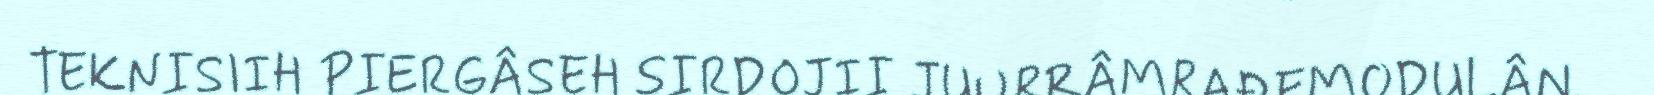
TEKNISIIH PIERGÂSEH SIRDOJII JUURRÂMRAĐEMODULÂN.